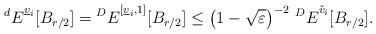
LaTeX: \begin{align*}{^d E}^{\underline v_i}[B_{r/2}] = {}{^D E}^{[\underline v_i,1]}[B_{r/2}] \leq \left(1-\sqrt{\varepsilon}\right)^{-2}\, {}{^D E}^{\tilde v_i}[B_{r/2}] .\end{align*}